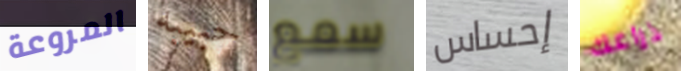
المروعة حبيبه سمع إحساس ذراعك